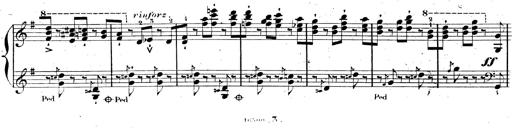
Title: AnnÃ©es de pÃ¨lerinage II, SupplÃ©ment
Composer: Franz Liszt